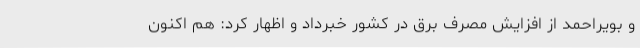
و بویراحمد از افزایش مصرف برق در کشور خبرداد و اظهار کرد: هم اکنون